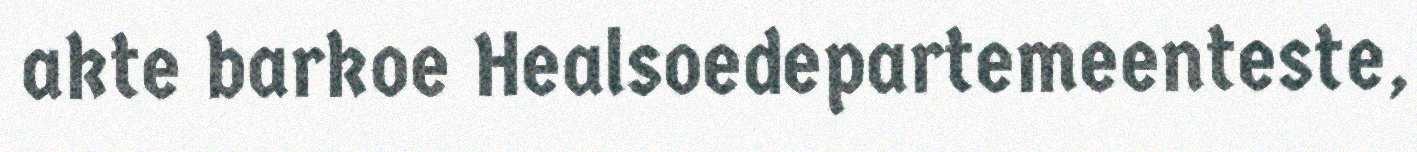
akte barkoe Healsoedepartemeenteste,